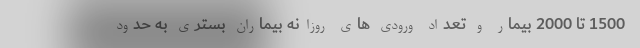
1500 تا 2000 بیمار و تعداد ورودی های روزانه بیماران بستری به حدود